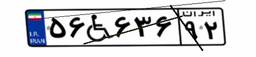
۳۲W۱۹۹۰۲